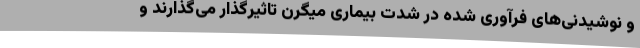
و نوشیدنی‌های فرآوری شده در شدت بیماری میگرن تاثیرگذار می‌گذارند و